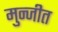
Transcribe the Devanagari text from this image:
मुन्जीत